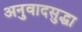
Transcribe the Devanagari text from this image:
अनुवादसुद्धा